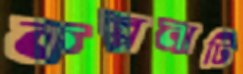
কল্পনাটি